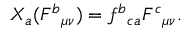
X _ { a } ( F ^ { b } { } _ { \mu \nu } ) = f ^ { b } { } _ { c a } F ^ { c } { } _ { \mu \nu } .